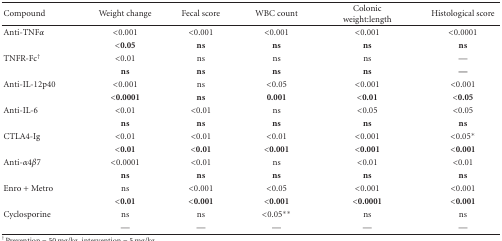
<table><thead><tr><td><b>Compound</b></td><td><b>Weight change</b></td><td><b>Fecal score</b></td><td><b>WBC count</b></td><td><b>Colonic weight:length</b></td><td><b>Histological score</b></td></tr></thead><tbody><tr><td>Anti-TNF<i>α</i></td><td>&lt;0.001</td><td>&lt;0.001</td><td>&lt;0.001</td><td>&lt;0.001</td><td>&lt;0.0001</td></tr><tr><td></td><td><b>&lt;0.05</b></td><td><b>ns</b></td><td><b>ns</b></td><td><b>ns</b></td><td><b>ns</b></td></tr><tr><td>TNFR-Fc<sup>†</sup></td><td>&lt;0.01</td><td>ns</td><td>ns</td><td>ns</td><td>—</td></tr><tr><td></td><td><b>ns</b></td><td><b>ns</b></td><td><b>ns</b></td><td><b>ns</b></td><td><b>—</b></td></tr><tr><td>Anti-IL-12p40</td><td>&lt;0.001</td><td>ns</td><td>&lt;0.05</td><td>&lt;0.001</td><td>&lt;0.001</td></tr><tr><td></td><td><b>&lt;0.0001</b></td><td><b>ns</b></td><td><b>0.001</b></td><td><b>&lt;0.01</b></td><td><b>&lt;0.05</b></td></tr><tr><td>Anti-IL-6</td><td>&lt;0.01</td><td>&lt;0.01</td><td>ns</td><td>&lt;0.05</td><td>&lt;0.05</td></tr><tr><td></td><td><b>ns</b></td><td><b>ns</b></td><td><b>ns</b></td><td><b>ns</b></td><td><b>ns</b></td></tr><tr><td>CTLA4-Ig</td><td>&lt;0.01</td><td>&lt;0.01</td><td>&lt;0.01</td><td>&lt;0.001</td><td>&lt;0.05*</td></tr><tr><td></td><td><b>&lt;0.01</b></td><td><b>&lt;0.01</b></td><td><b>&lt;0.001</b></td><td><b>&lt;0.001</b></td><td><b>&lt;0.001</b></td></tr><tr><td>Anti-<i>α</i>4<i>β</i>7</td><td>&lt;0.0001</td><td>&lt;0.01</td><td>ns</td><td>&lt;0.01</td><td>&lt;0.01</td></tr><tr><td></td><td><b>ns</b></td><td><b>ns</b></td><td><b>ns</b></td><td><b>ns</b></td><td><b>ns</b></td></tr><tr><td>Enro + Metro</td><td>ns</td><td>&lt;0.001</td><td>&lt;0.05</td><td>&lt;0.001</td><td>&lt;0.001</td></tr><tr><td></td><td><b>&lt;0.01</b></td><td><b>&lt;0.001</b></td><td><b>&lt;0.001</b></td><td><b>&lt;0.0001</b></td><td><b>&lt;0.001</b></td></tr><tr><td>Cyclosporine</td><td>ns</td><td>ns</td><td>&lt;0.05**</td><td>ns</td><td>ns</td></tr><tr><td></td><td>—</td><td>—</td><td>—</td><td>—</td><td>—</td></tr></tbody></table>